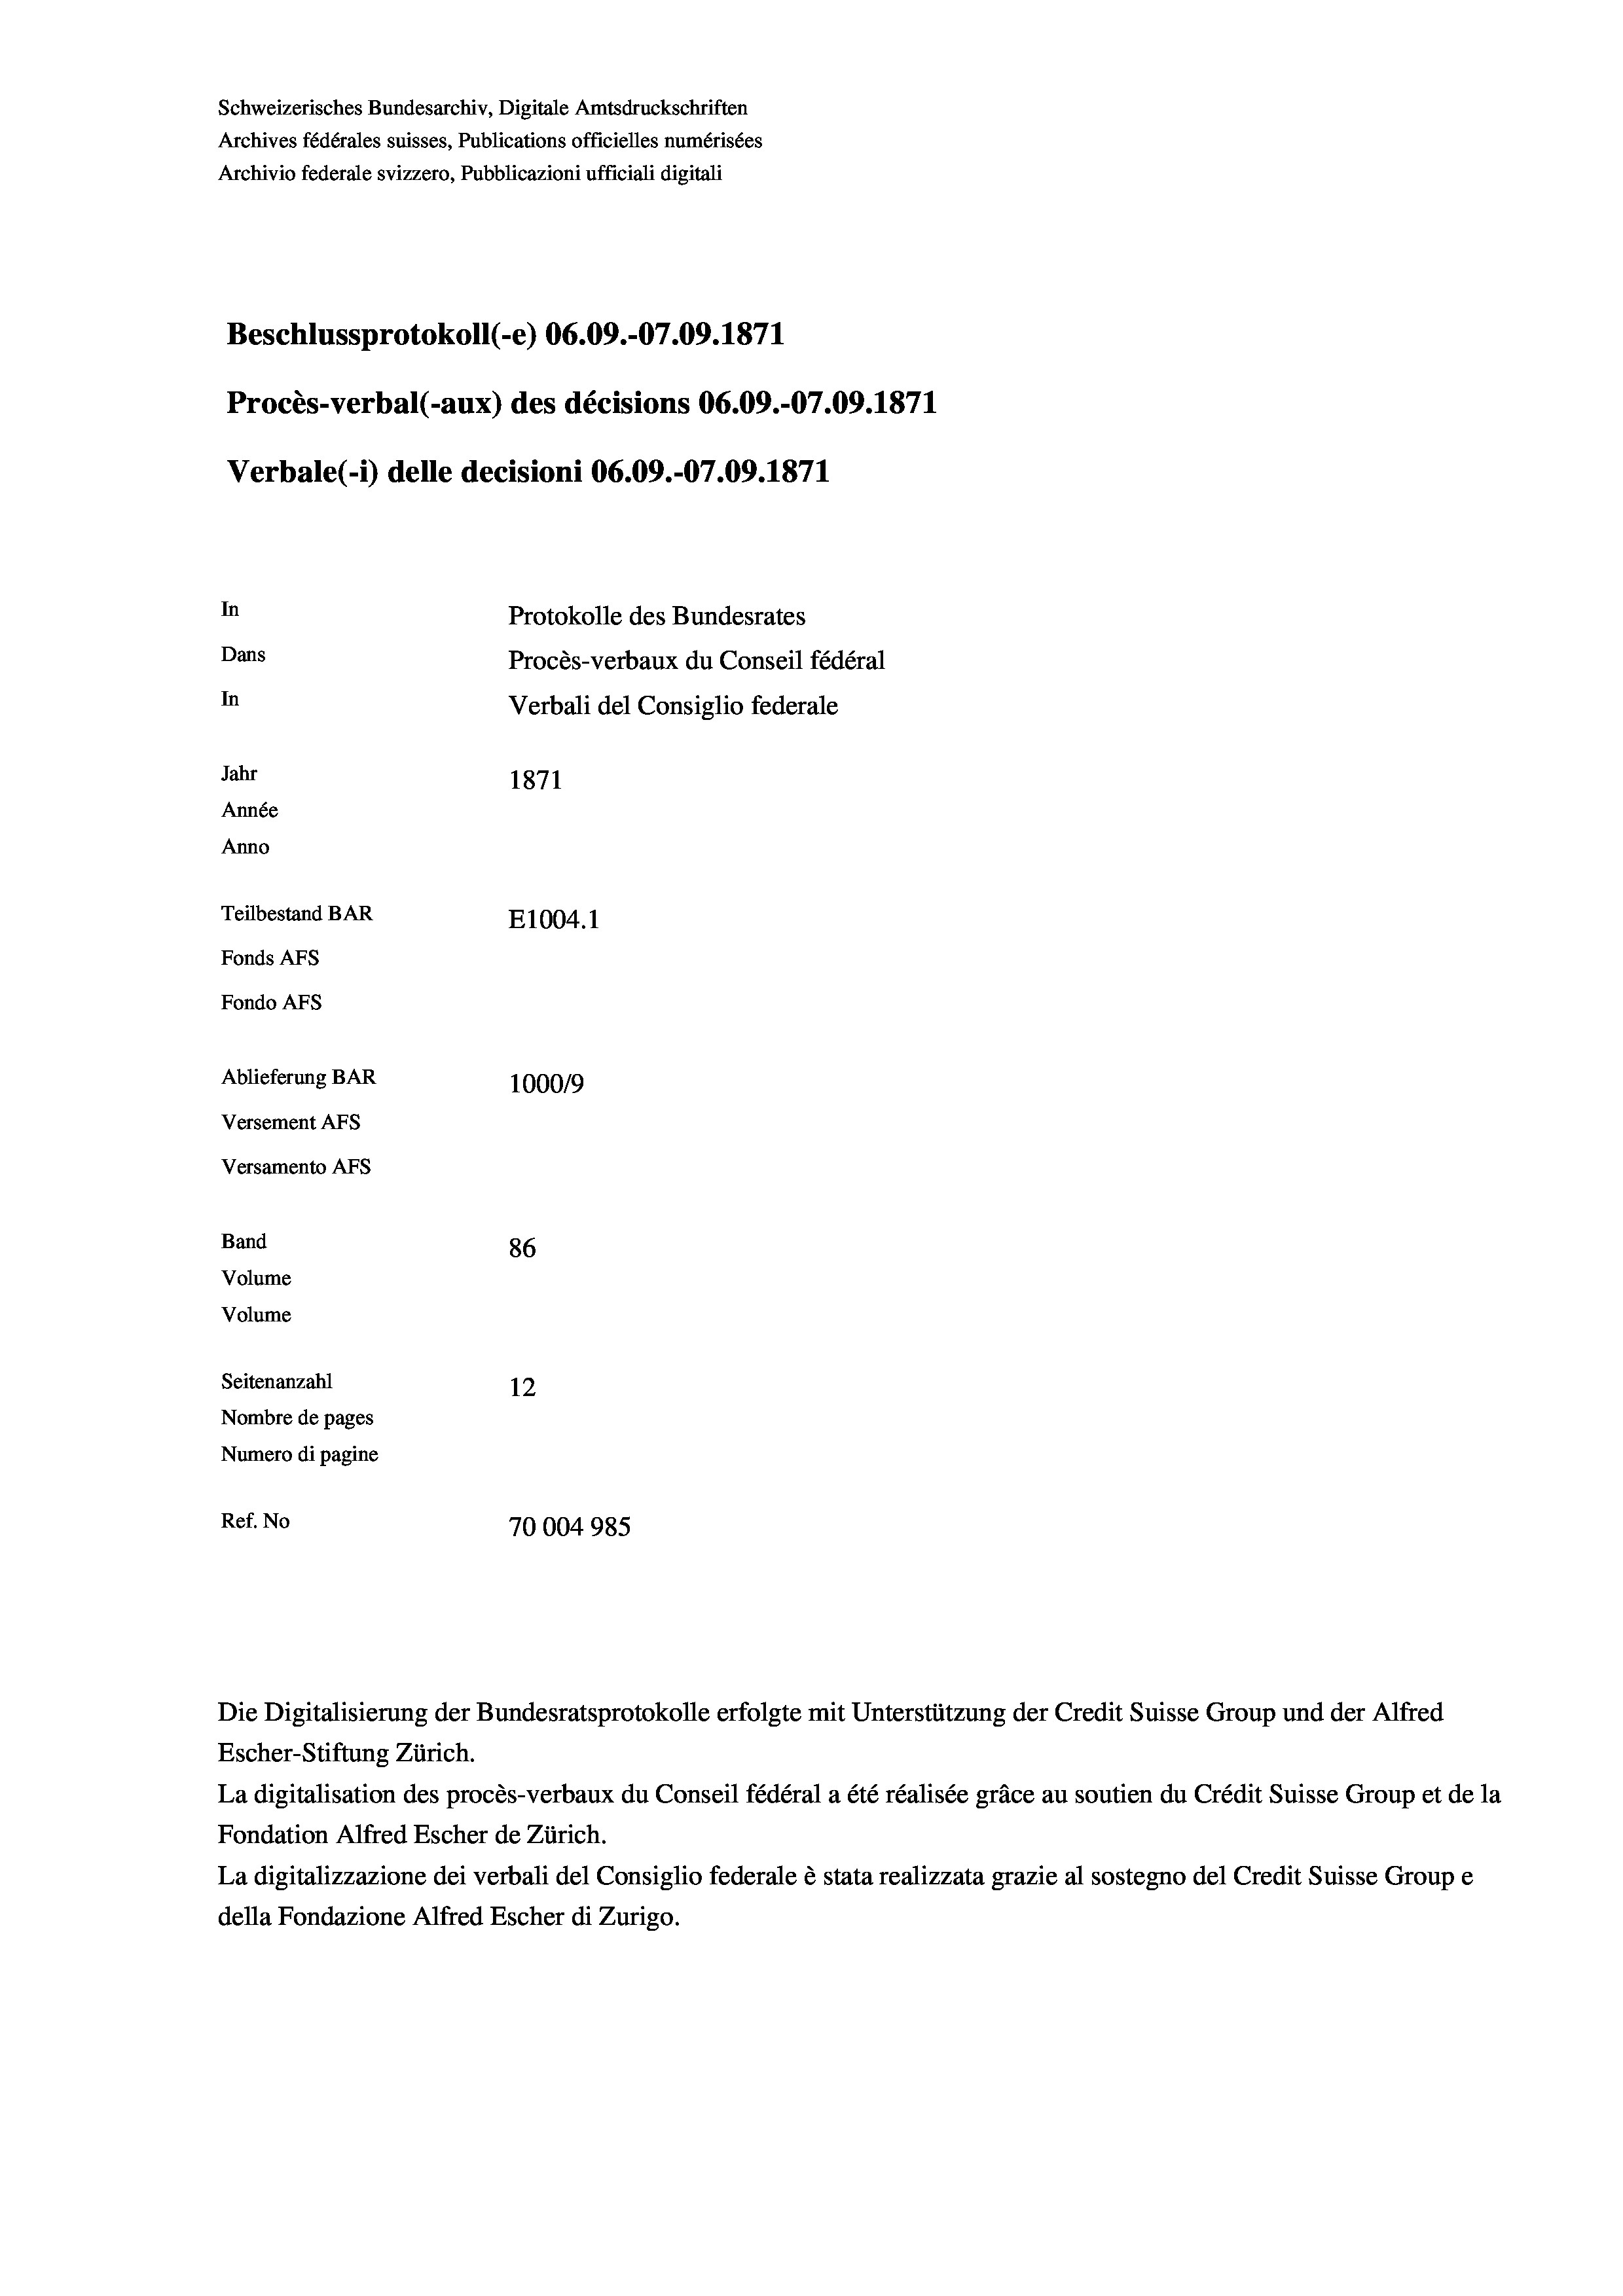
Schweizerisches Bundesarchiv, Digitale Amtsdruckschriften
Archives fédérales suisses, Publications officielles numérisées
Archivio federale svizzero, Pubblicazioni ufficiali digitali
Beschlussprotokoll (-e) 06.09.-07.09. 1871
Procès-verbal (-aux) des décisions 06.09.-07.09. 1871
Verbale (1) delle decisioni 06.09.-07.09. 1871
In
Protokolle des Bundesrates
Dans
Procès-verbaux du Conseil fédéral
In
Verbali del Consiglio federale
Jahr
1871
Année
Anno
Teilbestand BAR
E1004. 1
Fonds AFs
Fondo Afs
Ablieferung BAR
100019
Versement Ans
Versamento Afs
Band
86
Volume
Volume
Seitenanzahl
12

Nombre de pages
Numero di pagine
Ref. No
70004985

Die Digitalisierung der Bundesratsprotokolle erfolgte mit Unterstützung der Credit Suisse Group und der Alfred
Escher-Stiftung Zürich.
La digitalisation des procès-verbaux du Conseil fédéral a été réalisée gräce au soutien du Crédit Suisse Group et de la
Fondation Alfred Escher de Zürich.
La digitalizzazione dei verbali del Consiglio federale è stata realizzata grazie al sostegno del Credit Suisse Groupe
della Fondazione Alfred Escher di Zurigo.